Vaccination in Burma 1912-1922 - 1912-1922
Year: 1912
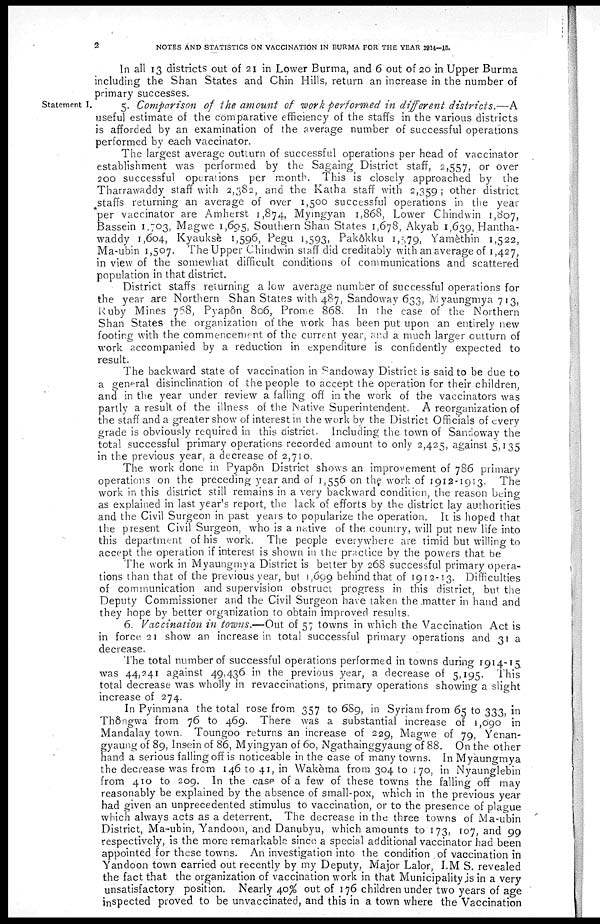
2
NOTES AND STATISTICS ON VACCINATION IN BURMA FOR THE YEAR 1914-15.
In all 13 districts out of 21 in Lower Burma, and 6 out of 20 in Upper Burma
including the Shan States and Chin Hills, return an increase in the number of
primary successes.
Statement I.
5. Comparison of the amount of work performed in different
districts.—A
useful estimate of the comparative efficiency of the staffs in the various districts
is afforded by an examination of the average number of successful operations
performed by each vaccinator.
The largest average outturn of successful operations per head of vaccinator
establishment was performed by the Sagaing District staff, 2,557, or over
200 successful operations per month. This is closely approached by the
Tharrawaddy staff with 2,382, and the Katha staff with 2,359 ; other district
staffs returning an average of over 1,500 successful operations in the year
*per vaccinator are Amherst 1,874, Myingyan 1,868, Lower Chindwin 1,807,
Bassein 1,703, Magwe 1,695, Southern Shan States 1,678, Akyab 1,639, Hantha-
waddy 1,604, Kyaukse 1,596, Pegu 1,593, Pakôkku 1,5,79, Yamèthin 1,522,
Ma-ubin 1,507. The Upper Chindwin staff did creditably with an average of 1,427,
in view of the somewhat difficult conditions of communications and scattered
population in that district.
District staffs returning a low average number of successful operations for
the year are Northern Shan States with 487, Sandoway 633, Iviyaungmya 713,
Ruby Mines 768, Pyapôn 806, Prome 868. In the case of the Northern
Shan States the organization of the work has been put upon an entirely new
footing with the commencement of the current year, and a much larger outturn of
work accompanied by a reduction in expenditure is confidently expected to
result.
The backward state of vaccination in Sandoway District is said to be due to
a general disinclination of the people to accept the operation for their children,
and in the year under review a falling off in the work of the vaccinators was
partly a result of the illness of the Native Superintendent. A reorganization of
the staff and a greater show of interest in the work by the District Officials of every
grade is obviously required in this district. Including the town of Sandoway the
total successful primary operations recorded amount to only 2,425, against 5,135
in the previous year, a decrease of 2,710.
The work done in Pyapôn District shows an improvement of 786 primary
operations on the preceding year and of 1,556 on the work of 1912-1913. The
work in this district still remains in a very backward condition, the reason being
as explained in last year's report, the lack of efforts by the district lay authorities
and the Civil Surgeon in past years to popularize the operation. It is hoped that
the present Civil Surgeon, who is a native of the country, will put new life into
this department of his work. The people everywhere are timid but willing to
accept the operation if interest is shown in the practice by the powers that be
The work in Myaungmya District is better by 268 successful primary opera-
tions than that of the previous year, but 1,699 behind that of 1912-13. Difficulties
of communication and supervision obstruct progress in this district, but the
Deputy Commissioner and the Civil Surgeon have taken the matter in hand and
they hope by better organization to obtain improved results.
6. Vaccination in towns.—Out of 57 towns in which the Vaccination Act is
in force 21 show an increase in total successful primary operations and 31 a
decrease.
The total number of successful operations performed in towns during 1914-15
was 44,241 against 49,436 in the previous year, a decrease of 5,195. This
total decrease was wholly in revaccinations, primary operations showing a slight
increase of 274.
In Pyinmana the total rose from 357 to 689, in Syriam from 65 to 333, in
Thôngwa from 76 to 469. There was a substantial increase of 1,090 in
Mandalay town. Toungoo returns an increase of 229, Magwe of 79, Yenan-
gyaung of 89, Insein of 86, Myingyan of 60, Ngathainggyaung of 88. On the other
hand a serious falling off is noticeable in the case of many towns. In Myaungmya
the decrease was from 146 to 41, in Wakèma from 304 to 170, in Nyaunglebin
from 410 to 209. In the case of a few of these towns the falling off may
reasonably be explained by the absence of small-pox, which in the previous year
had given an unprecedented stimulus to vaccination, or to the presence of plague
which always acts as a deterrent. The decrease in the three towns of Ma-ubin
District, Ma-ubin, Yandoon, and Danubyu, which amounts to 173, 107, and 99
respectively, is the more remarkable since a special additional vaccinator had been
appointed for these towns. An investigation into the condition of vaccination in
Yandoon town carried out recently by my Deputy, Major Lalor, I.M S. revealed
the fact that the organization of vaccination work in that Municipality is in a very
unsatisfactory position. Nearly 40% out of 176 children under two years of age
inspected proved to be unvaccinated, and this in a town where the Vaccination